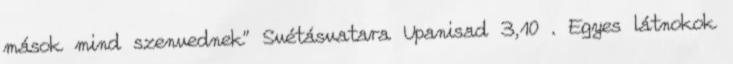
mások mind szenvednek" Svétásvatara Upanisad 3,10 . Egyes látnokok